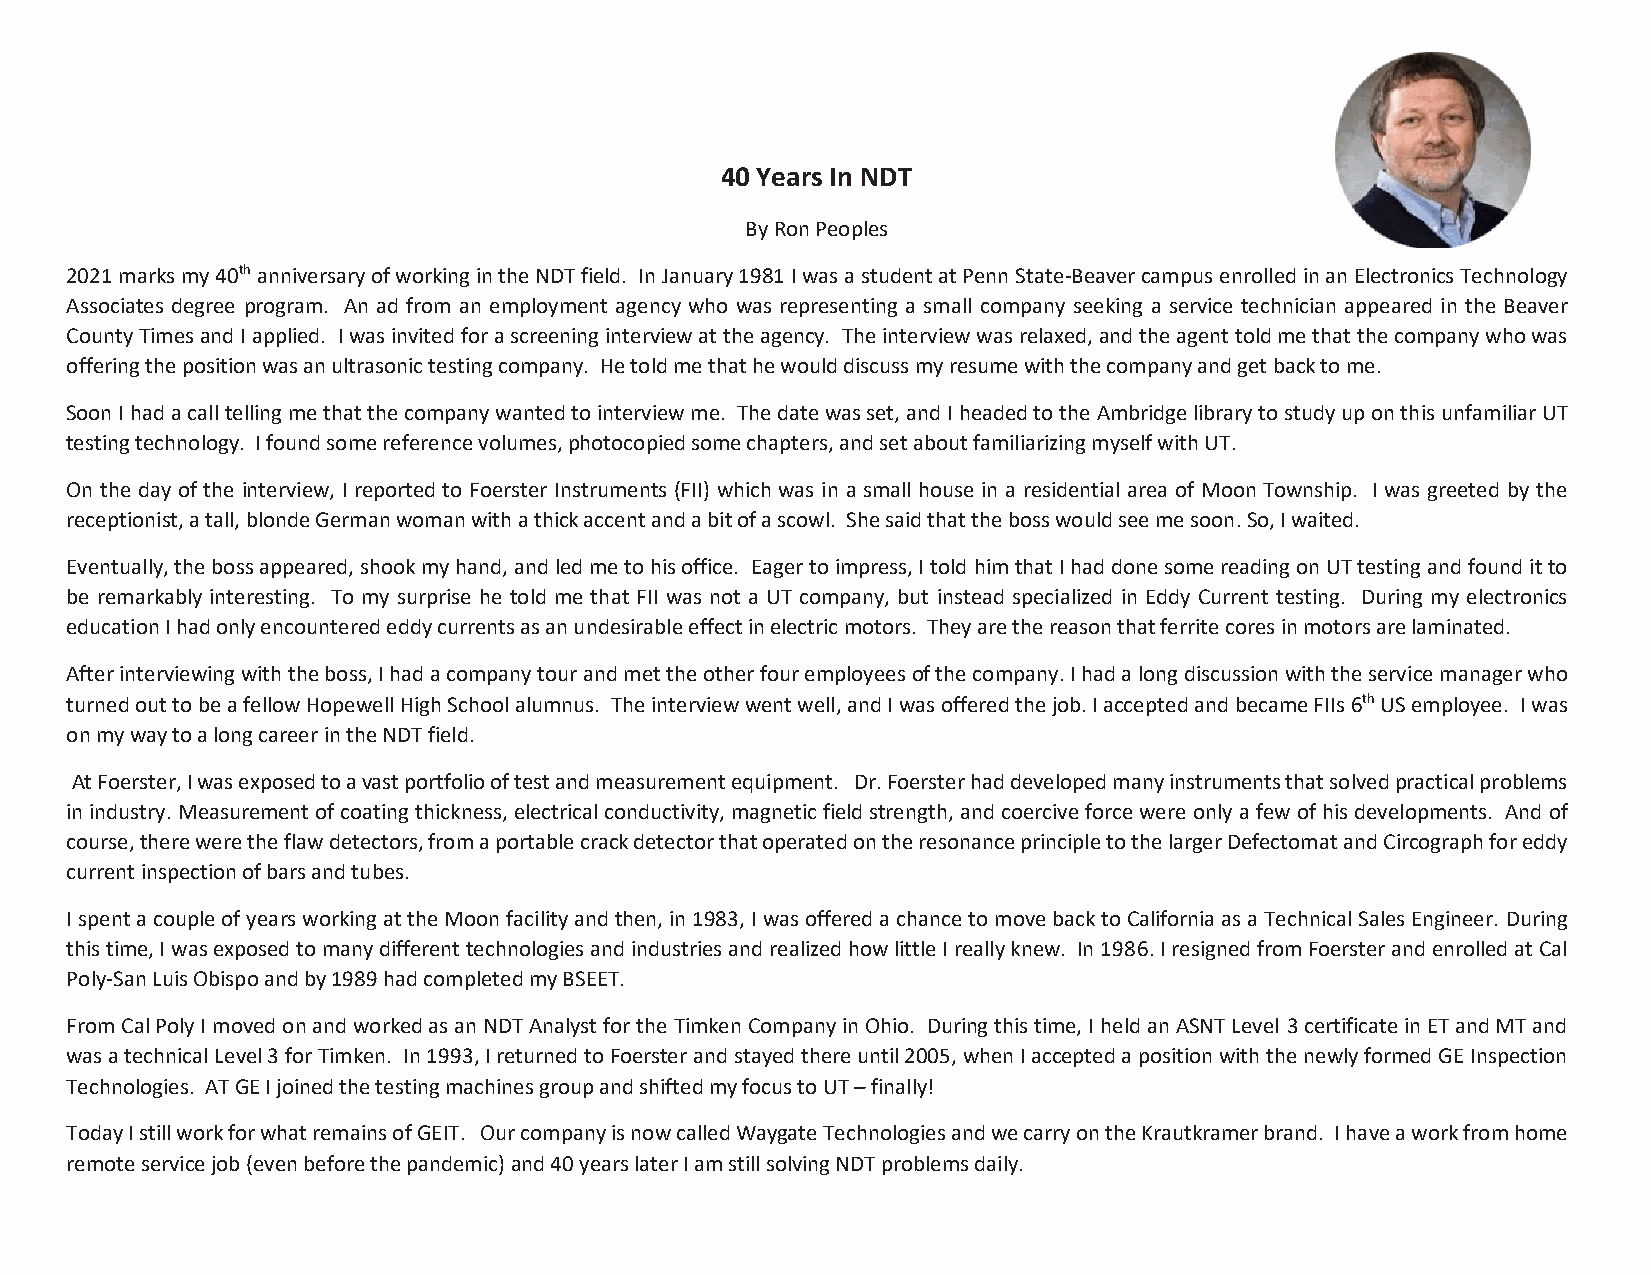
40 Years In NDT
 By Ron Peoples
 2021 marks my 40th anniversary of working in the NDT field. In January 1981 I was a student at Penn State-Beaver campus enrolled in an Electronics Technology
 Associates degree program. An ad from an employment agency who was representing a small company seeking a service technician appeared in the Beaver
 County Times and I applied. I was invited for a screening interview at the agency. The interview was relaxed, and the agent told me that the company who was
 offering the position was an ultrasonic testing company. He told me that he would discuss my resume with the company and get back to me.
 Soon I had a call telling me that the company wanted to interview me. The date was set, and I headed to the Ambridge library to study up on this unfamiliar UT
 testing technology. I found some reference volumes, photocopied some chapters, and set about familiarizing myself with UT.
 On the day of the interview, I reported to Foerster Instruments (FII) which was in a small house in a residential area of Moon Township. I was greeted by the
 receptionist, a tall, blonde German woman with a thick accent and a bit of a scowl. She said that the boss would see me soon. So, I waited.
 Eventually, the boss appeared, shook my hand, and led me to his office. Eager to impress, I told him that I had done some reading on UT testing and found it to
 be remarkably interesting. To my surprise he told me that FII was not a UT company, but instead specialized in Eddy Current testing. During my electronics
 education I had only encountered eddy currents as an undesirable effect in electric motors. They are the reason that ferrite cores in motors are laminated.
 After interviewing with the boss, I had a company tour and met the other four employees of the company. I had a long discussion with the service manager who
 turned out to be a fellow Hopewell High School alumnus. The interview went well, and I was offered the job. I accepted and became FIIs 6th US employee. I was
 on my way to a long career in the NDT field.
 At Foerster, I was exposed to a vast portfolio of test and measurement equipment. Dr. Foerster had developed many instruments that solved practical problems
 in industry. Measurement of coating thickness, electrical conductivity, magnetic field strength, and coercive force were only a few of his developments. And of
 course, there were the flaw detectors, from a portable crack detector that operated on the resonance principle to the larger Defectomat and Circograph for eddy
 current inspection of bars and tubes.
 I spent a couple of years working at the Moon facility and then, in 1983, I was offered a chance to move back to California as a Technical Sales Engineer. During
 this time, I was exposed to many different technologies and industries and realized how little I really knew. In 1986. I resigned from Foerster and enrolled at Cal
 Poly-San Luis Obispo and by 1989 had completed my BSEET.
 From Cal Poly I moved on and worked as an NDT Analyst for the Timken Company in Ohio. During this time, I held an ASNT Level 3 certificate in ET and MT and
 was a technical Level 3 for Timken. In 1993, I returned to Foerster and stayed there until 2005, when I accepted a position with the newly formed GE Inspection
 Technologies. AT GE I joined the testing machines group and shifted my focus to UT – finally!
 Today I still work for what remains of GEIT. Our company is now called Waygate Technologies and we carry on the Krautkramer brand. I have a work from home
 remote service job (even before the pandemic) and 40 years later I am still solving NDT problems daily.